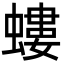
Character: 螻